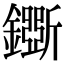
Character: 𨮕